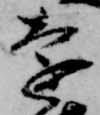
遠